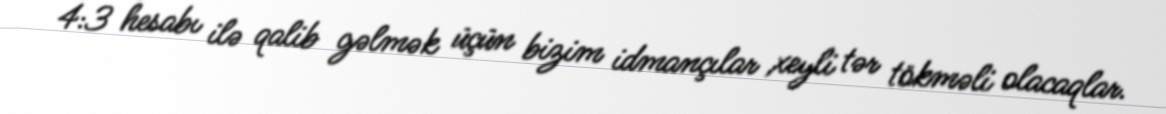
4:3 hesabı ilə qalib gəlmək üçün bizim idmançılar xeyli tər tökməli olacaqlar.